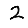
Digit: 2